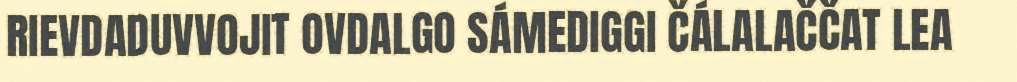
RIEVDADUVVOJIT OVDALGO SÁMEDIGGI ČÁLALAČČAT LEA